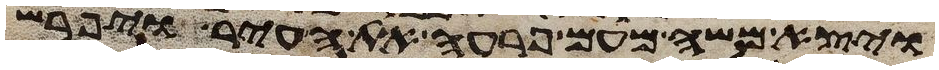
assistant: ויצא משה מעם פרעה את העיר ויפרש